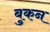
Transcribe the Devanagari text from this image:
बुकन